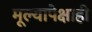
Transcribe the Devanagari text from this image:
मूल्यापेक्षाही